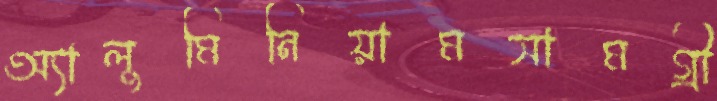
অ্যালুমিনিয়ামসামগ্রী